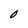
Character: O